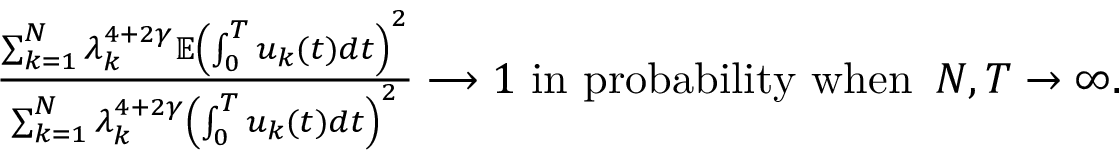
\begin{array} { r } { \frac { \sum _ { k = 1 } ^ { N } \lambda _ { k } ^ { 4 + 2 \gamma } \mathbb E \left( \int _ { 0 } ^ { T } u _ { k } ( t ) d t \right) ^ { 2 } } { \sum _ { k = 1 } ^ { N } \lambda _ { k } ^ { 4 + 2 \gamma } \left( \int _ { 0 } ^ { T } u _ { k } ( t ) d t \right) ^ { 2 } } \longrightarrow 1 \mathrm { ~ i n ~ p r o b a b i l i t y ~ w h e n ~ } \, N , T \rightarrow \infty . } \end{array}